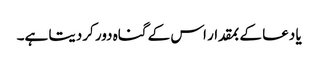
یا دعا کے بمقدار اس کے گناہ دور کردیتا ہے۔